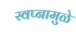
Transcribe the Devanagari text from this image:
स्वप्नामुळे